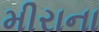
મીરાના